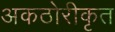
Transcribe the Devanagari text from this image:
अकठोरीकृत